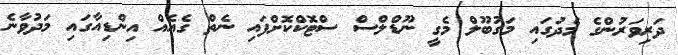
ދަރިވަރުންގެ މެދުގައި މަގުބޫލް މެގީ ނޫޑްލްސް ސްޓޮކްކޮށްފައި ނެތް ގެއެއް އިންޑިއާގައި މަދުވާނެ